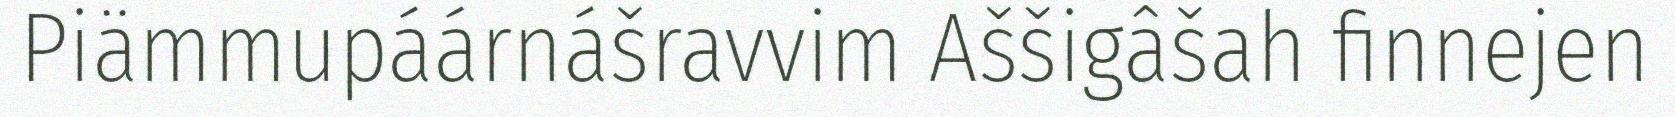
Piämmupáárnášravvim Aššigâšah finnejen